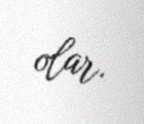
olar.